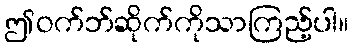
ဤဝက်ဘ်ဆိုက်ကိုသာကြည့်ပါ။